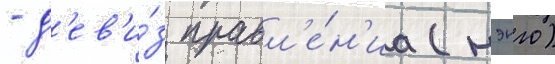
- д'ев'и́з правл'е́н'иа (нэнго)